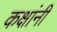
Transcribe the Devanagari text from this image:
कक्षांनी